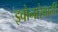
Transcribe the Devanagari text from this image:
झ्वोनारेवानीं